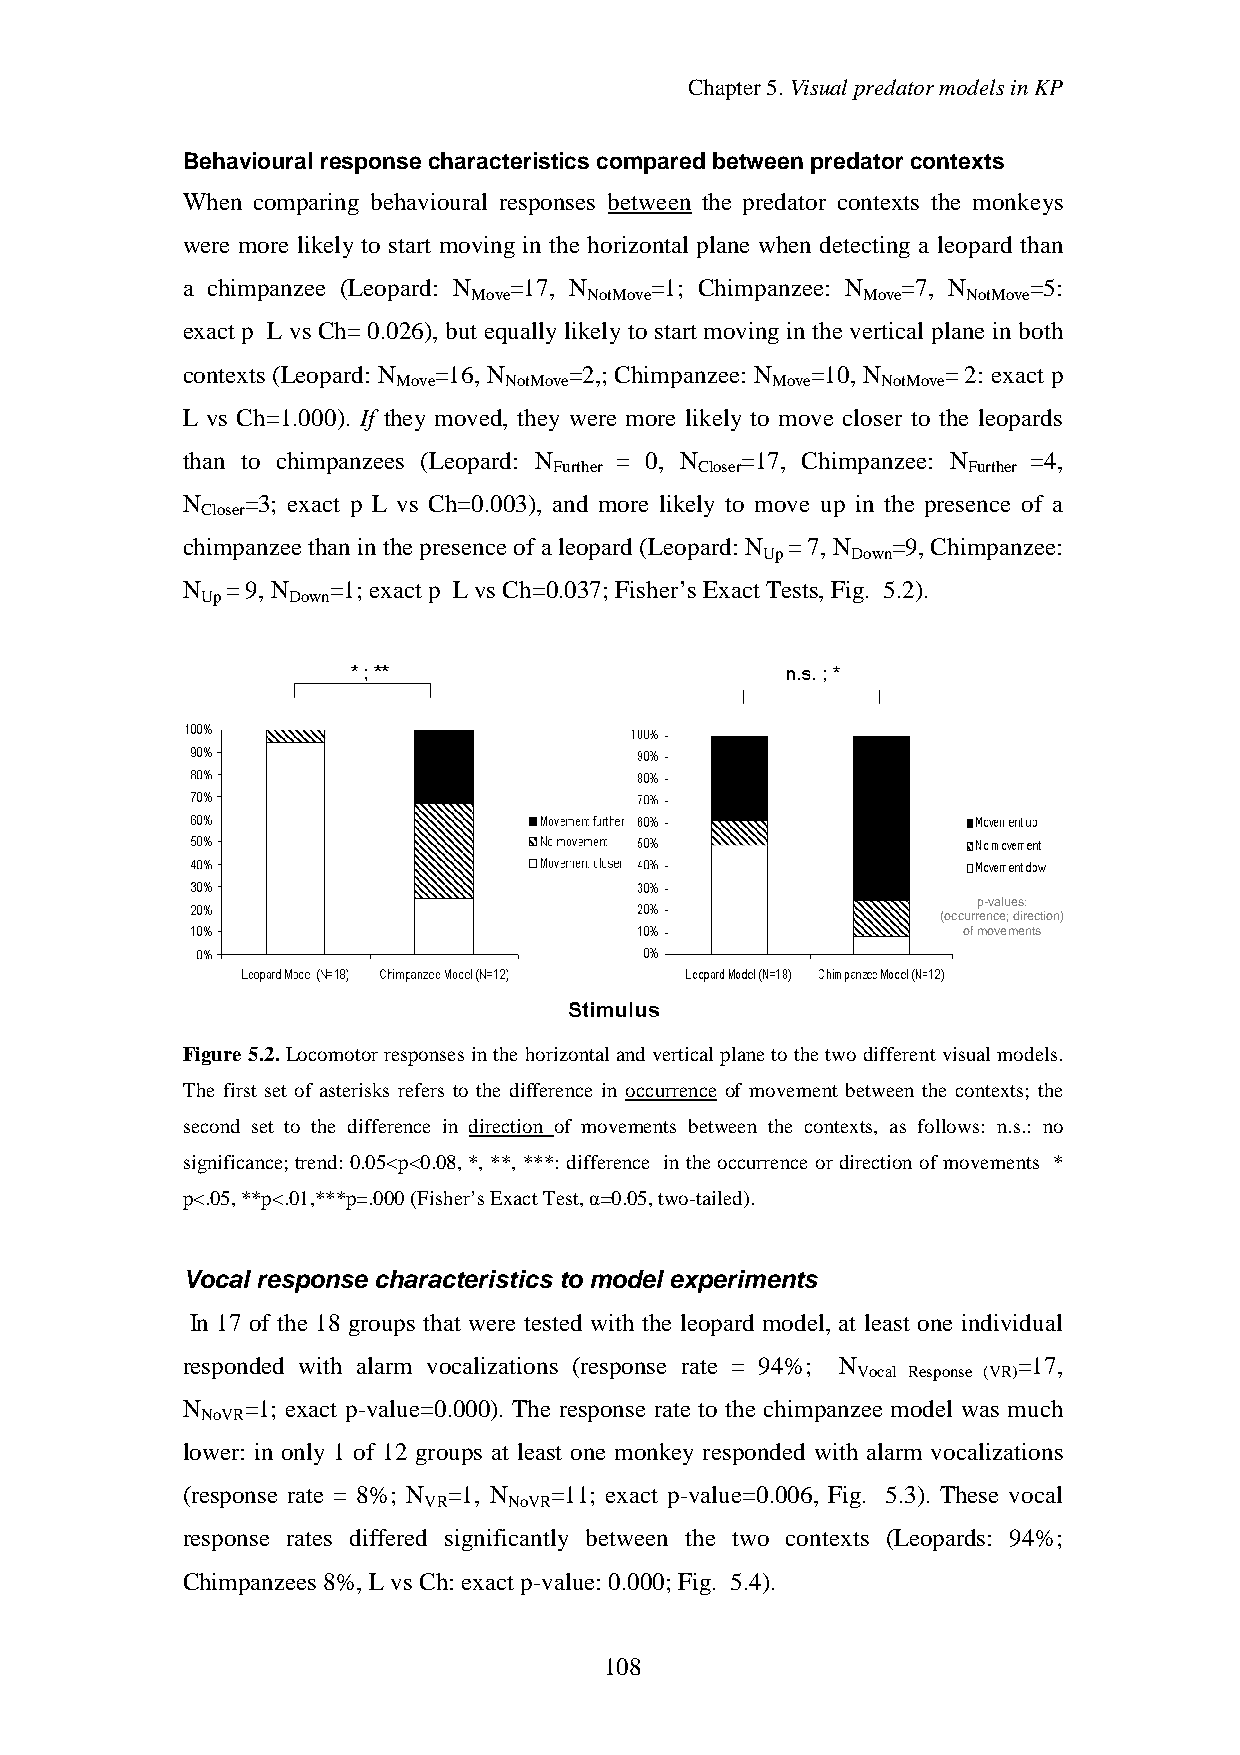
Chapter5.VisualpredatormodelsinKP
 Behavioural responsecharacteristics compared between predator contexts
 When comparing behavioural responses between the predator contexts the monkeys
 were more likely to start moving in the horizontal plane when detecting a leopard than
 a chimpanzee (Leopard: N =17, N =1; Chimpanzee: N =7, N =5:
 Move    NotMove           Move   NotMove
 exact p L vs Ch= 0.026), but equallylikelyto start movingin the vertical plane in both
 contexts (Leopard: N =16, N =2,; Chimpanzee: N =10, N = 2: exact p
 Move   NotMove           Move   NotMove
 L vs Ch=1.000). If they moved, they were more likely to move closer to the leopards
 than to chimpanzees (Leopard: N = 0, N =17, Chimpanzee: N =4,
 Further  Closer            Further
 N   =3; exact p L vs Ch=0.003), and more likely to move up in the presence of a
 Closer
 chimpanzeethaninthepresenceof aleopard(Leopard: N =7,N =9, Chimpanzee:
 Up    Down
 N  =9,N   =1; exact p Lvs Ch=0.037; Fisher’s Exact Tests, Fig. 5.2).
 Up    Down
 p-values:
 (occurrence;direction)
 ofmovements
 Figure 5.2.Locomotor responsesinthe horizontaland verticalplane to the two different visual models.
 The first set of asterisks refers to the difference in occurrence of movement between the contexts; the
 second set to the difference in direction of movements between the contexts, as follows: n.s.: no
 significance;trend:0.05<p<0.08, *, **, ***:difference inthe occurrence or directionof movements *
 p<.05,**p<.01,***p=.000(Fisher’sExactTest,α=0.05,two-tailed).
 Vocal response characteristics to model experiments
 In 17 of the 18 groups that were tested with the leopard model, at least one individual
 responded with alarm vocalizations (response rate = 94%; N =17,
 Vocal Response (VR)
 N   =1; exact p-value=0.000). The response rate to the chimpanzee model was much
 NoVR
 lower: in only 1 of 12 groups at least one monkey responded with alarm vocalizations
 (response rate = 8%; N =1, N =11; exact p-value=0.006, Fig. 5.3). These vocal
 VR    NoVR
 response rates differed significantly between the two contexts (Leopards: 94%;
 Chimpanzees 8%, Lvs Ch: exact p-value: 0.000; Fig. 5.4).
 108